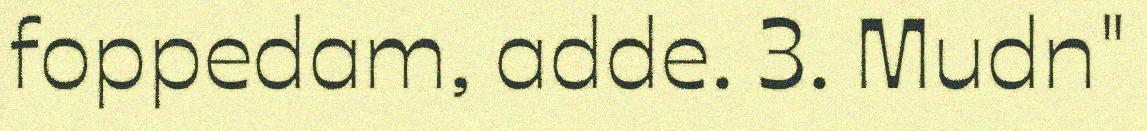
foppedam, adde. 3. Mudn"